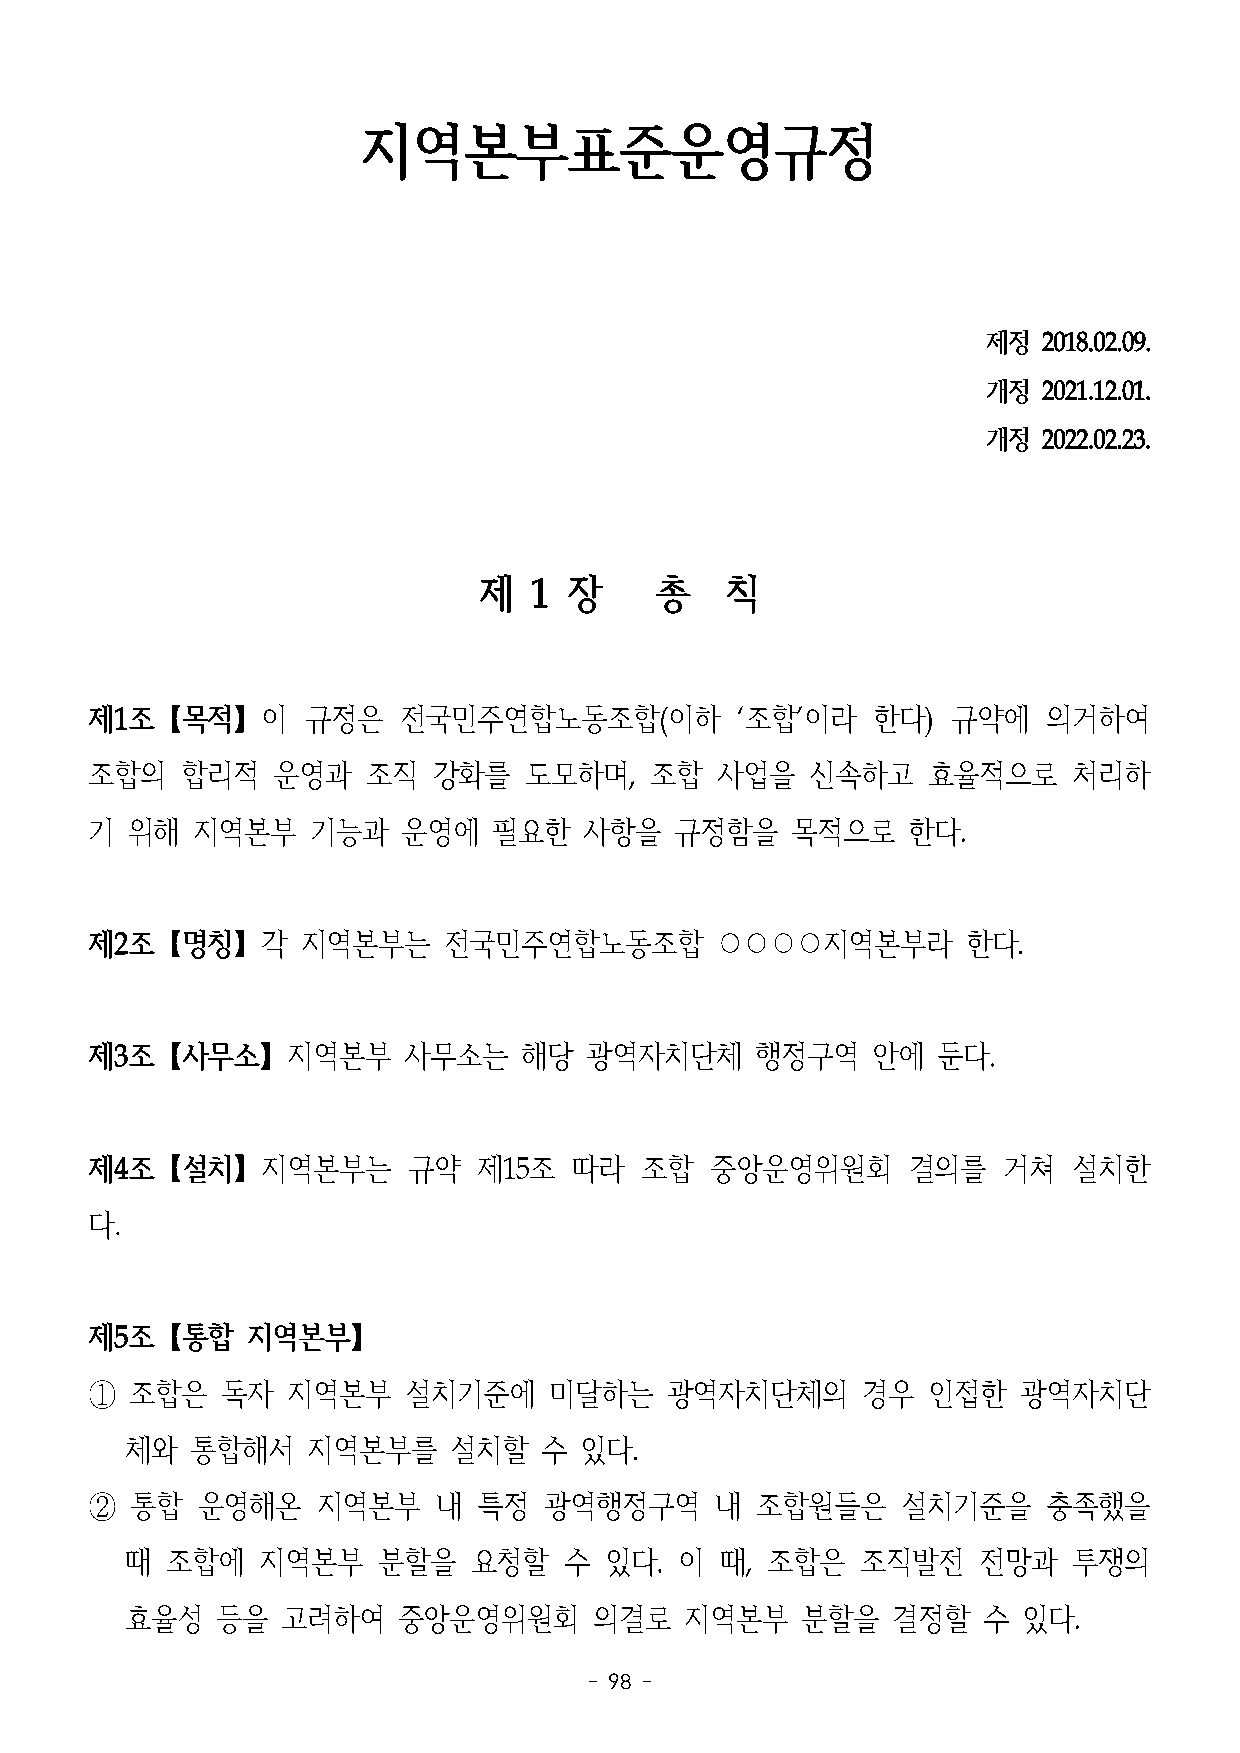
지역본부표준운영규정
 제정  2018.02.09.
 개정  2021.12.01.
 개정  2022.02.23.
 제  1  장    총    칙
 제1조【목적】이      규정은   전국민주연합노동조합(이하          ‘조합’이라   한다)  규약에   의거하여
 조합의   합리적   운영과   조직   강화를   도모하며,   조합  사업을    신속하고   효율적으로     처리하
 기 위해   지역본부    기능과   운영에   필요한   사항을   규정함을   목적으로    한다.
 제2조【명칭】각      지역본부는    전국민주연합노동조합        ○○○○지역본부라        한다.
 제3조【사무소】지역본부         사무소는    해당  광역자치단체     행정구역    안에  둔다.
 제4조【설치】지역본부는         규약   제15조  따라  조합   중앙운영위원회      결의를   거쳐   설치한
 다.
 제5조【통합    지역본부】
 ①  조합은   독자  지역본부    설치기준에    미달하는    광역자치단체의      경우  인접한    광역자치단
 체와   통합해서   지역본부를     설치할   수 있다.
 ②  통합  운영해온    지역본부    내  특정  광역행정구역     내  조합원들은     설치기준을    충족했을
 때  조합에   지역본부    분할을   요청할   수  있다.  이  때, 조합은   조직발전    전망과   투쟁의
 효율성   등을   고려하여   중앙운영위원회      의결로   지역본부    분할을   결정할   수  있다.
 - 98 -